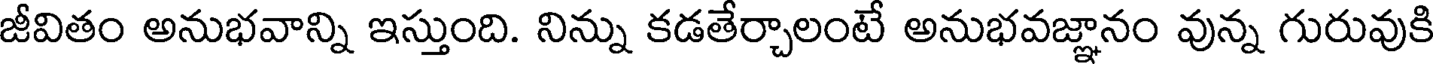
జీవితం అనుభవాన్ని ఇస్తుంది. నిన్ను కడతేర్చాలంటే అనుభవజ్ఞానం వున్న గురువుకి